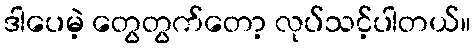
ဒါပေမဲ့ တွေတွက်တော့ လုပ်သင့်ပါတယ်။